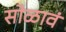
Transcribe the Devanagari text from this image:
सोळावं